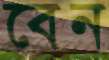
বেন